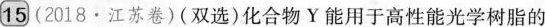
15 (2018·江苏卷)(双选)化合物Y能用于高性能光学树脂的